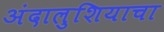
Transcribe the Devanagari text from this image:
अंदालुशियाचा